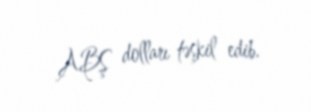
ABŞ dolları təşkil edib.